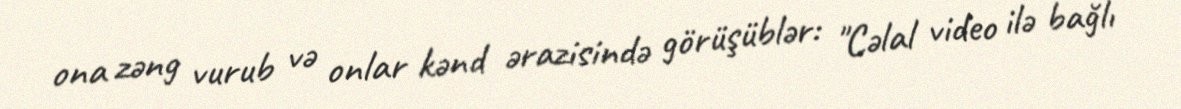
ona zəng vurub və onlar kənd ərazisində görüşüblər: "Cəlal video ilə bağlı